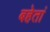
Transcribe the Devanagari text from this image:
बहेतां